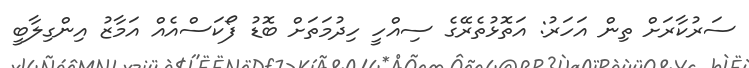
ސަރުކާރަށް ތިން އަހަރު: އަތޮޅުތެރޭގެ ސިއްހީ ހިދުމަތަށް ބޮޑު ފޯކަސްއެއް އަމާޒު އިންގިލާބީ